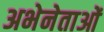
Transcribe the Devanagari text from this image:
अभेनेताओं